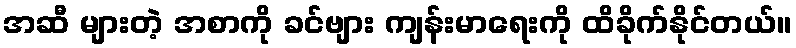
အဆီ များတဲ့ အစာကို ခင်ဗျား ကျန်းမာရေးကို ထိခိုက်နိုင်တယ်။